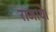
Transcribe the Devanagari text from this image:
राजाथे।